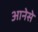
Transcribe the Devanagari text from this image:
आनेसे